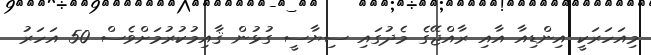
މިއަހަރަކީ އިންޑިއާ އާއި ރާއްޖޭގެ މެދުގައި ސިޔާސީ ގުޅުން ޤާއިމުކުރުމަށްވެސް 50 އަަހަރު